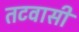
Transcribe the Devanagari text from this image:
तटवासी